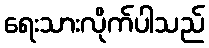
ရေးသားလိုက်ပါသည်